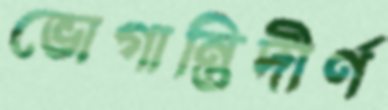
ভোগান্তিদীর্ণ